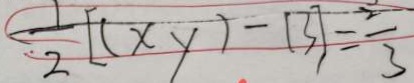
\frac { 1 } { 2 } [ ( x y ) - 1 3 ] = \frac { 2 } { 3 }